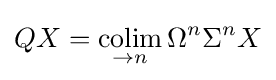
QX=\mathop {\text{colim}} _{\to n}\Omega ^{n}\Sigma ^{n}X